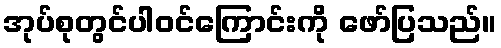
အုပ်စုတွင်ပါဝင်ကြောင်းကို ဖော်ပြသည်။